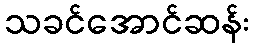
သခင်အောင်ဆန်း